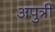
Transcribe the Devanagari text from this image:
अपुत्री